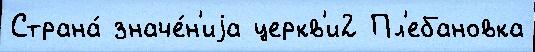
Страна́ значе́н'иjа церкв'и2 Пл'ебановка